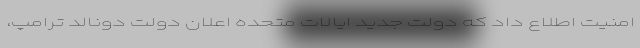
امنیت اطلاع داد که دولت جدید ایالات متحده اعلان دولت دونالد ترامپ،